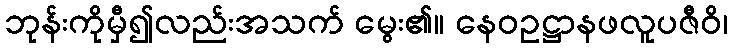
ဘုန်းကိုမှီ၍လည်းအသက် မွေး၏။ နေဝဥဋ္ဌာနဖလူပဇီဝိ၊